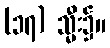
(၁၇) သ္မီး၌။